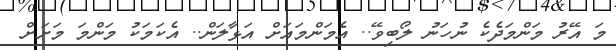
މަ އޭރު މަންމަދެކެ ނުހަނު ލޯބިވޭ.. އެމަންމައަށް އަޅާލަން.. އެކަމަކު މަންމަ މަށަށް